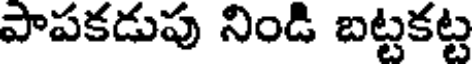
పాపకడుపు నిండి బట్టకట్ట